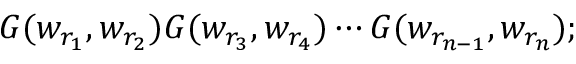
G ( w _ { r _ { 1 } } , w _ { r _ { 2 } } ) G ( w _ { r _ { 3 } } , w _ { r _ { 4 } } ) \cdots G ( w _ { r _ { n - 1 } } , w _ { r _ { n } } ) ;